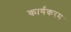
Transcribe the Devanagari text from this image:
कार्यकरम